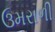
ઉમરાળી